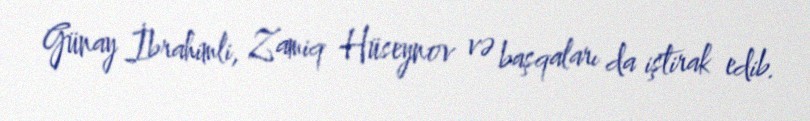
Günay İbrahimli, Zamiq Hüseynov və başqaları da iştirak edib.